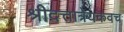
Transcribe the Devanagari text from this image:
श्रीदत्तात्रेयकवच